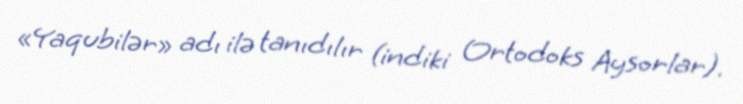
«Yaqubilər» adı ilə tanıdılır (indiki Ortodoks Aysorlar).